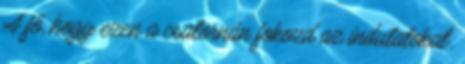
A fő, hogy ezen a csatornán fokozd az indulatokat.